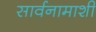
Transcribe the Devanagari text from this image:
सार्वनामाशी